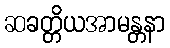
ဆခတ္တိယအာမန္တနာ